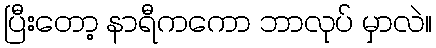
ပြီးတော့ နာရီကကော ဘာလုပ် မှာလဲ။